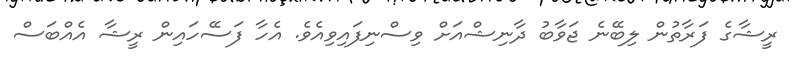
ރީޝާގެ ފަރާތުން ލިބޭނެ ޖަވާބު ދާނިޝްއަށް ވިސްނިފައިވިއެވެ. އެހާ ފަސޭހައިން ރީޝާ އެއްބަސް